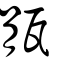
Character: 瓹